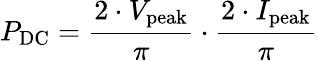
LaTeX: P_{\mathrm{DC}}={\frac{2\cdot V_{\mathrm{peak}}}{\pi}}\cdot{\frac{2\cdot I_{\mathrm{peak}}}{\pi}}